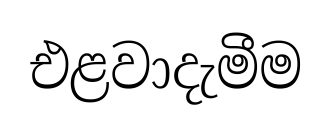
එළවාදැමීම